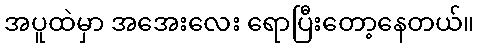
အပူထဲမှာ အအေးလေး ရောပြီးတော့နေတယ်။